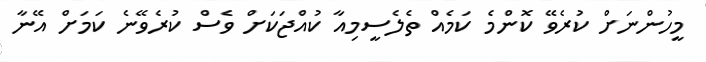
މީހުންނަށް ކުރެވޭ ކޮންމެ ކަމެއް ތެލެސީމިއާ ކުއްޖަކަށް ވެސް ކުރެވޭނެ ކަމަށް އޭނާ